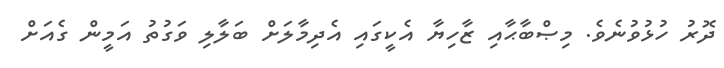
ދޮރު ހުޅުވުނެވެ. މިޞްބާޙާއި ޒާހިޔާ އެކީގައި އެދިމާލަށް ބަލާލި ވަގުތު އަމީން ގެއަށް